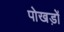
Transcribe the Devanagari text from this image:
पोखड़ों